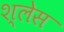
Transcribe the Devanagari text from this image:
श्लेस